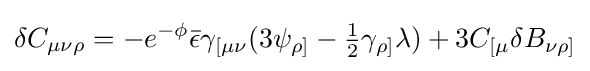
\delta C_{\mu \nu \rho }=-e^{-\phi }{\bar {\epsilon }}\gamma _{[\mu \nu }(3\psi _{\rho ]}-{\tfrac {1}{2}}\gamma _{\rho ]}\lambda )+3C_{[\mu }\delta B_{\nu \rho ]}